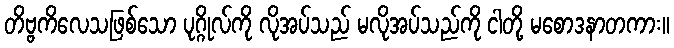
တိဗ္ဗကိလေသဖြစ်သော ပုဂ္ဂိုလ်ကို လိုအပ်သည် မလိုအပ်သည်ကို ငါတို့ မစောဒနာတကား။